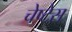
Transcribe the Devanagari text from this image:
चेष्टेस